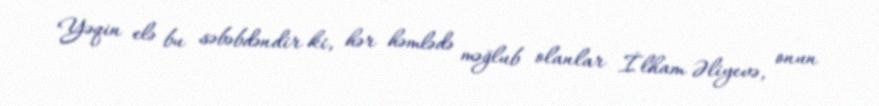
Yəqin elə bu səbəbdəndir ki, hər həmlədə məğlub olanlar İlham Əliyevə, onun